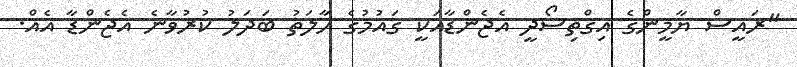
"ރައީސް ޔާމީންގެ އިގްތިސޯދީ އެޖެންޑާއަކީ ގައުމުގެ ހާލަތު ބަދަލު ކުރުވާނެ އެޖެންޑާ އެއް.